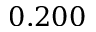
0 . 2 0 0